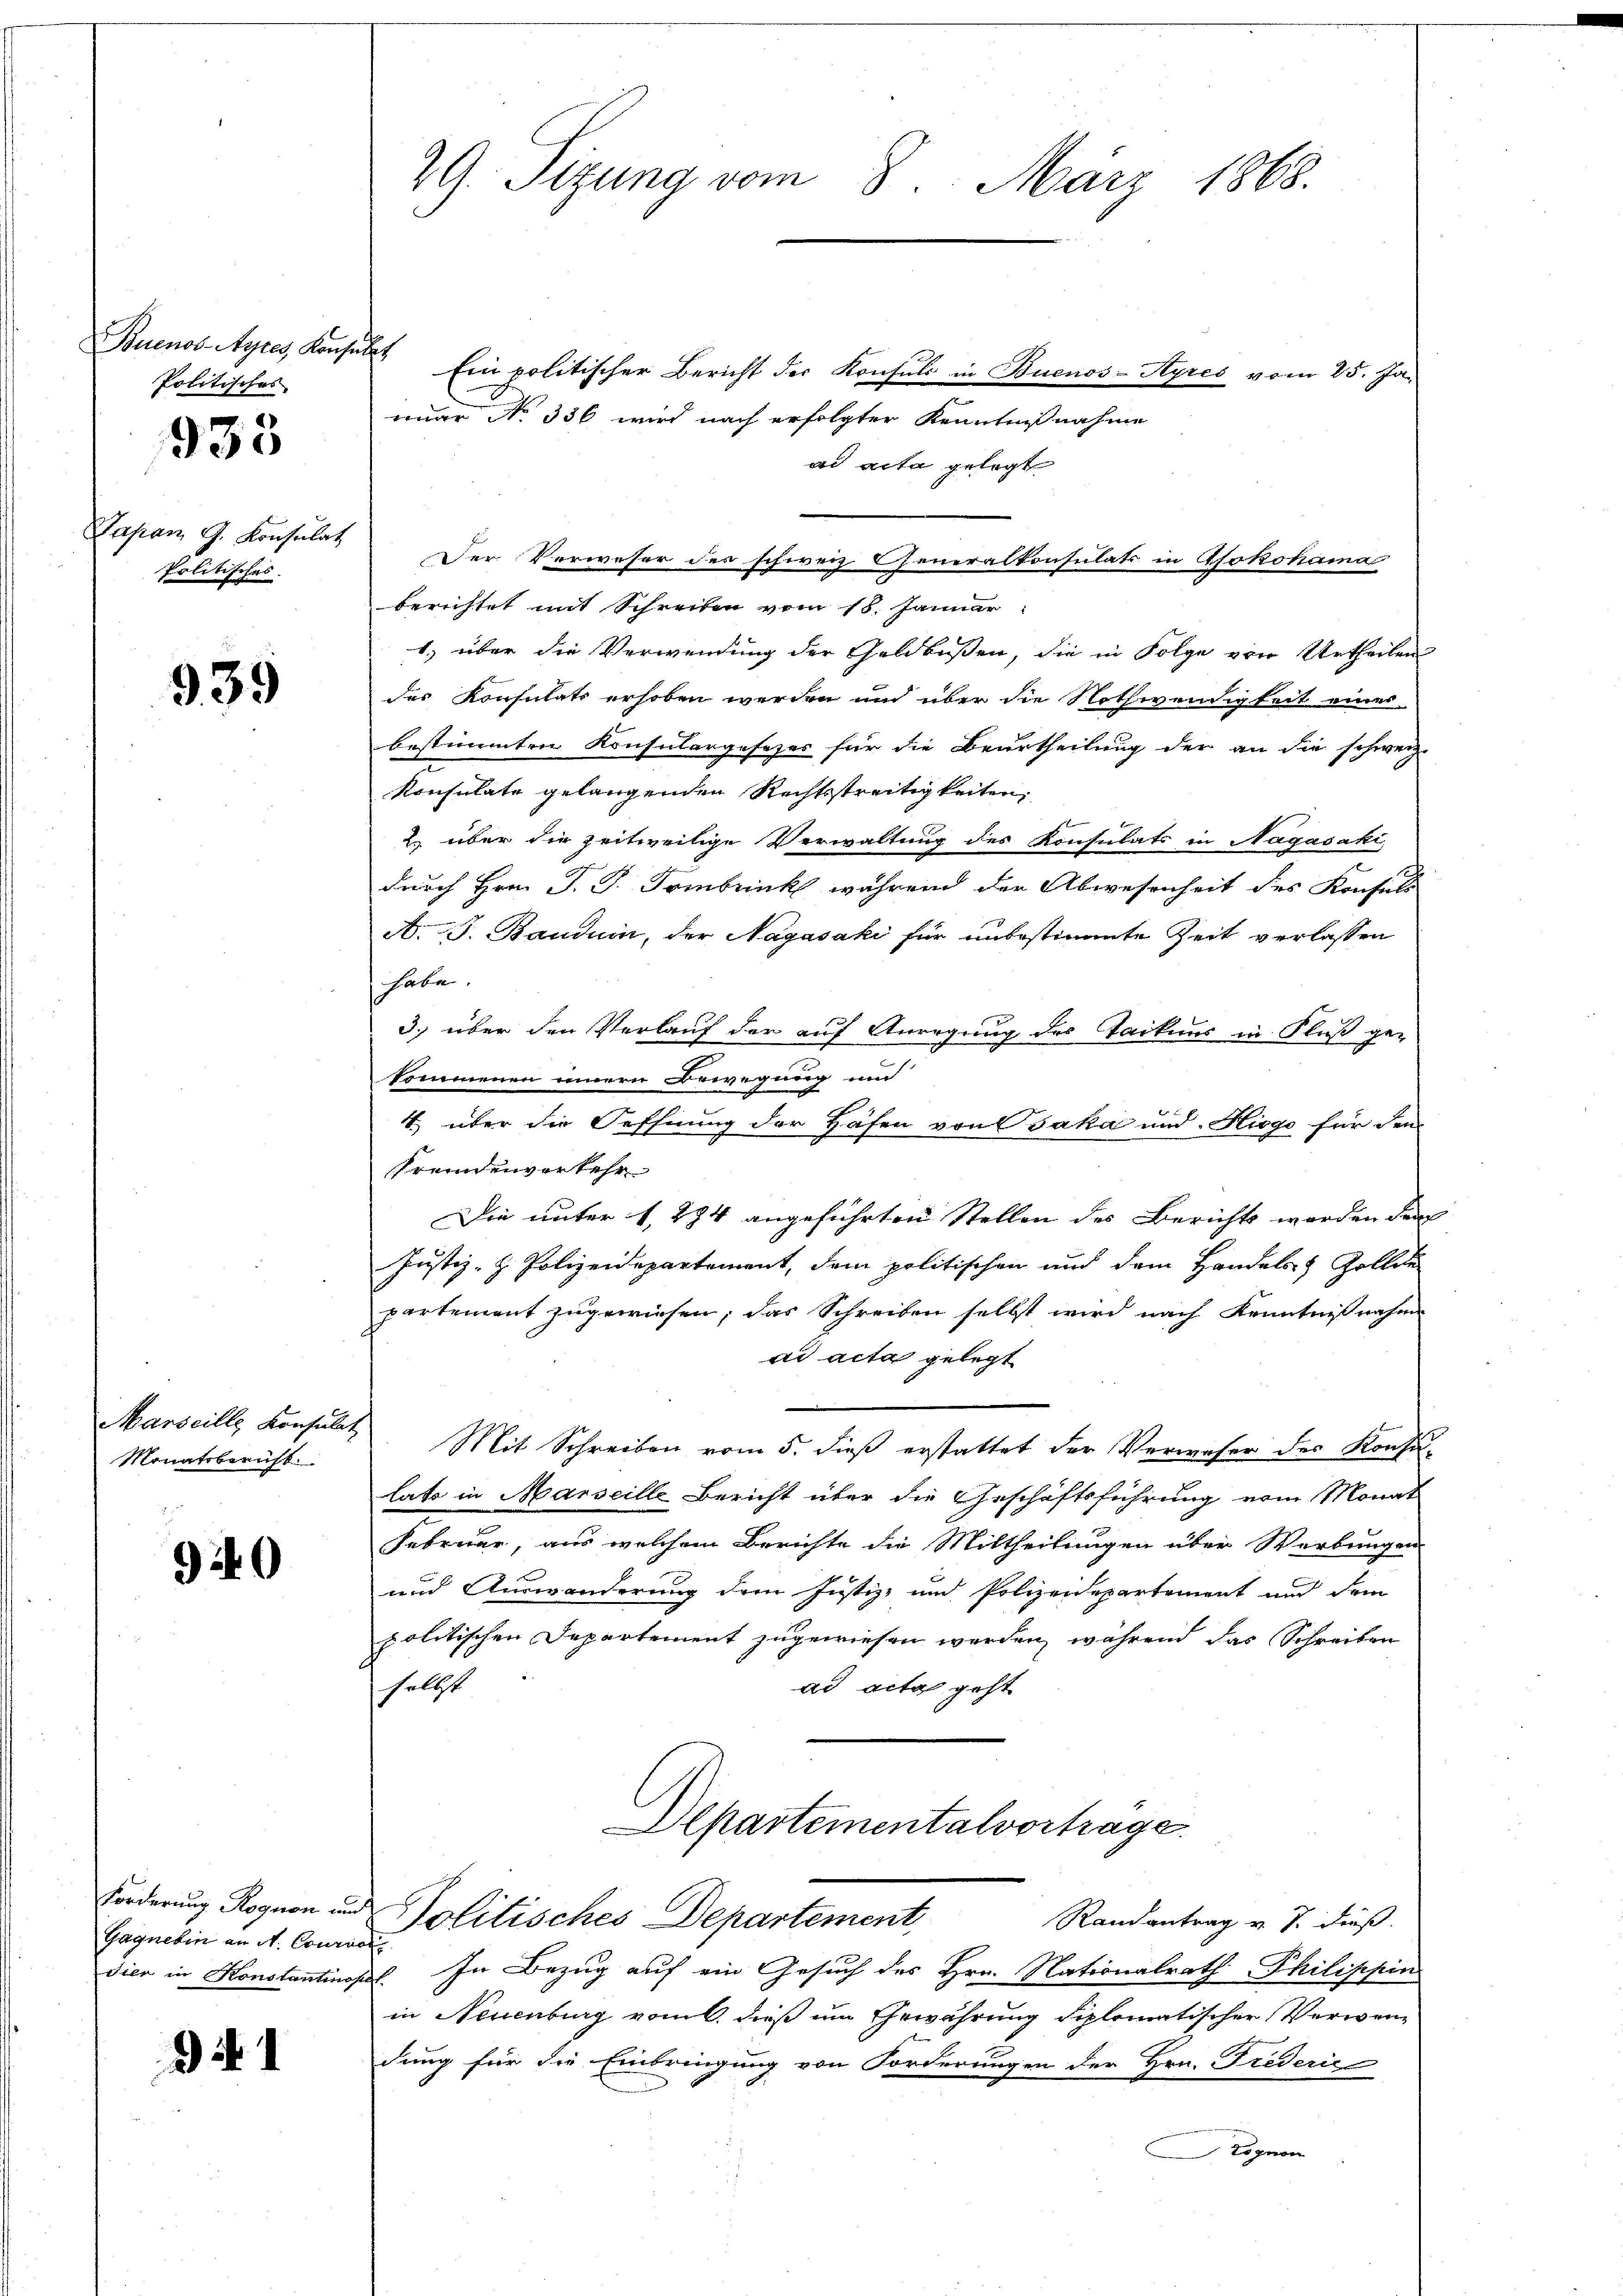
Buenos-Ayres Konsulat
Politisches

933

Japan G. Konsulat
Politisches.

939

Marseille Konsulat
Monatsbericht.

940

Gagnebin an N. Courial

N. 1

29. Sizung vom 8. März 1868.

Ein politischer Bericht der Konsuls in Buenos-Ayres vom 25. Ja-
nuar No 336 wird nach erfolgter Kenntnißnahme
ad acta gelegt
Der Verweser des schweiz. Generalkonsulats in Aokohama
berichtet mit Schreiben vom 18. Januar
1.) über die Verwendung der Geldbußen, die in Folge von Urtheilen
des Konsulats erhoben werden und über die Nothwendigkeit eines
bestimmten Konsulargesezes für die Beurtheilung der an die schweiz
Konsulate gelangenden Rechtsstreitigkeiten,
2) über die zeitweilige Verwaltung des Konsulats in Nagasaki,
durch Hrn. J. P. Tribunck während der Abwesenheit des Konsuls
A. J. Bauduin, der Nagasaki für unbestimmte Zeit verlassen
habe.
3.) über den Verlauf der auf Anregung des Tackens in Fluß gekommenen innern Bewegung und
4. über die Oeffnung der Hafen von Jaka und Hiege für den
Fremdenverkehr
Die unter 1, 284 angeführten Stellen des Berichts werden der
Justiz- & Polizeidepartement, dem politischen und dem Handels- & Zollie
partement zugewiesen; das Schreiben selbst wird nach Kenntnißnahm
ad acta gelegt
Mit Schreiben vom 5. dieß erstattet der Verweser des Konsi
lats in Marseille Bericht über die Geschäftsführung vom Monat
Februar, aus welchem Berichte die Mittheilungen über Werbungen
und Auswanderung dem Justiz- und Polizeidepartement und dem
politischen Departement zugewiesen werden, während das Schreiben
ad acta geht
selbst
Departementalvortrage.
Forderung Rognon und Politisches Departement,
Randantrag v. J. dieß.
dien in Konstantinopel. In Bezug auf ein Gesuch des Hrn. Nationalrath Philippin
in Neuenburg vom 6. dieß um Gewährung diplomatischer Verwendung für die Einbringung von Forderungen der Hrn. Frederic
Lognon